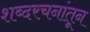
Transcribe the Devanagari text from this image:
शब्दरचनांतून